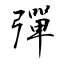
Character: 彈